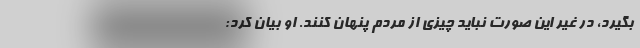
بگیرد، در غیر این صورت نباید چیزی از مردم پنهان کنند. او بیان کرد: